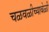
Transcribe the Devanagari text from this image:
चळवळीच्यावेळी